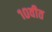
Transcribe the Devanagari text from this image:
१०वीत